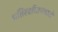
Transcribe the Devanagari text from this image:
प्रतिरक्षीउपचारों